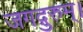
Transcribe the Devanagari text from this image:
जगद्गुरुम्।